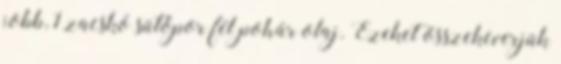
jobb, 1 zacskó sütőpor fél pohár olaj. Ezeket összekeverjük